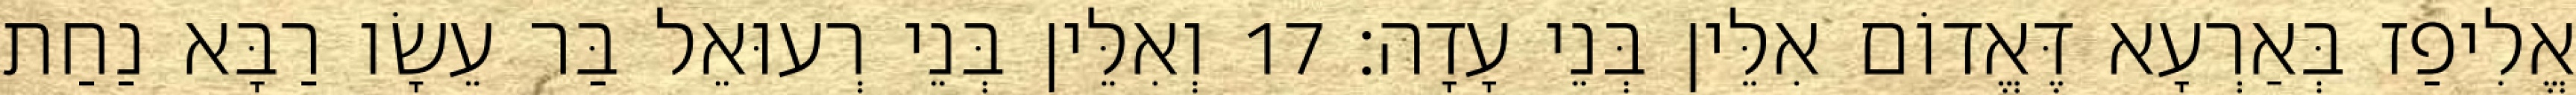
אֱלִיפַז בְּאַרְעָא דֶּאֱדוֹם אִלֵּין בְּנֵי עָדָה׃ 17 וְאִלֵּין בְּנֵי רְעוּאֵל בַּר עֵשָׂו רַבָּא נַחַת